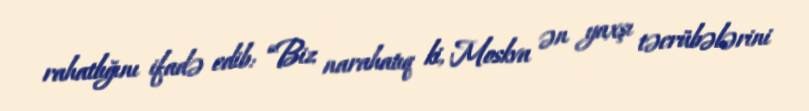
rahatlığını ifadə edib: “Biz narahatıq ki, Moskva ən yaxşı təcrübələrini